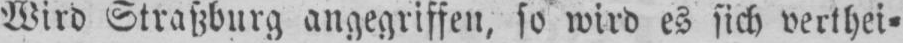
Wird Straßburg angegriffen, so wird es sich verthei⸗